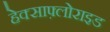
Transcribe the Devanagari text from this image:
हेक्साफ़्लोराइड